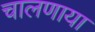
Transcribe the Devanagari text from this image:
चालणाया